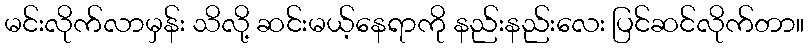
မင်းလိုက်လာမှန်း သိလို့ ဆင်းမယ့်နေရာကို နည်းနည်းလေး ပြင်ဆင်လိုက်တာ။